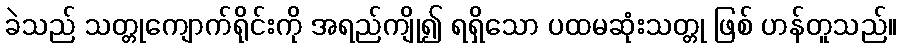
ခဲသည် သတ္တုကျောက်ရိုင်းကို အရည်ကျို၍ ရရှိသော ပထမဆုံးသတ္တု ဖြစ် ဟန်တူသည်။